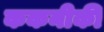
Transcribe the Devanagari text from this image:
ककनीकी